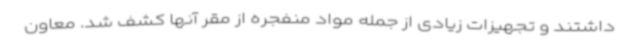
داشتند و تجهیزات زیادی از جمله مواد منفجره از مقر آنها کشف شد. معاون